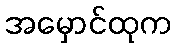
အမှောင်ထုက